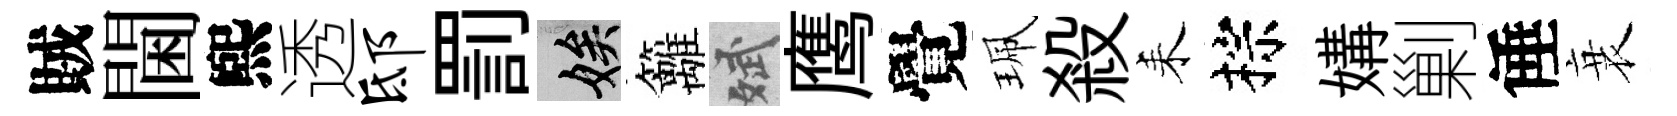
賊閫煕透邸罰娭籬斌鹰覺珮殺耒棕媾剿倕衰